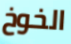
الخوخ